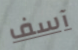
آسف